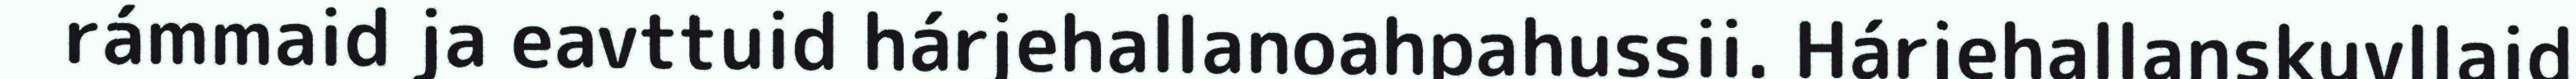
rámmaid ja eavttuid hárjehallanoahpahussii. Hárjehallanskuvllaid